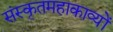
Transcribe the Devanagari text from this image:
संस्कृतमहाकाव्यों